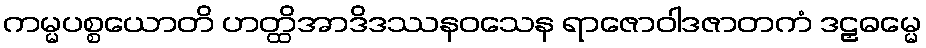
ကမ္မပစ္စယောတိ ဟတ္ထိအာဒိဒဿနဝသေန ရာဇောဝါဒဇာတကံ ဒဠှဓမ္မေ